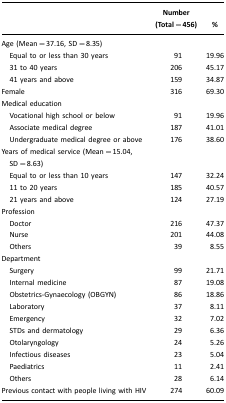
|  | Number (Total=456) | % |
 | --- | --- | --- |
 | Age (Mean=37.16, SD=8.35) |  |  |
 | Equal to or less than 30 years | 91 | 19.96 |
 | 31 to 40 years | 206 | 45.17 |
 | 41 years and above | 159 | 34.87 |
 | Female | 316 | 69.30 |
 | Medical education |  |  |
 | Vocational high school or below | 91 | 19.96 |
 | Associate medical degree | 187 | 41.01 |
 | Undergraduate medical degree or above | 176 | 38.60 |
 | Years of medical service (Mean=15.04, SD=8.63) |  |  |
 | Equal to or less than 10 years | 147 | 32.24 |
 | 11 to 20 years | 185 | 40.57 |
 | 21 years and above | 124 | 27.19 |
 | Profession |  |  |
 | Doctor | 216 | 47.37 |
 | Nurse | 201 | 44.08 |
 | Others | 39 | 8.55 |
 | Department |  |  |
 | Surgery | 99 | 21.71 |
 | Internal medicine | 87 | 19.08 |
 | Obstetrics-Gynaecology (OBGYN) | 86 | 18.86 |
 | Laboratory | 37 | 8.11 |
 | Emergency | 32 | 7.02 |
 | STDs and dermatology | 29 | 6.36 |
 | Otolaryngology | 24 | 5.26 |
 | Infectious diseases | 23 | 5.04 |
 | Paediatrics | 11 | 2.41 |
 | Others | 28 | 6.14 |
 | Previous contact with people living with HIV | 274 | 60.09 |